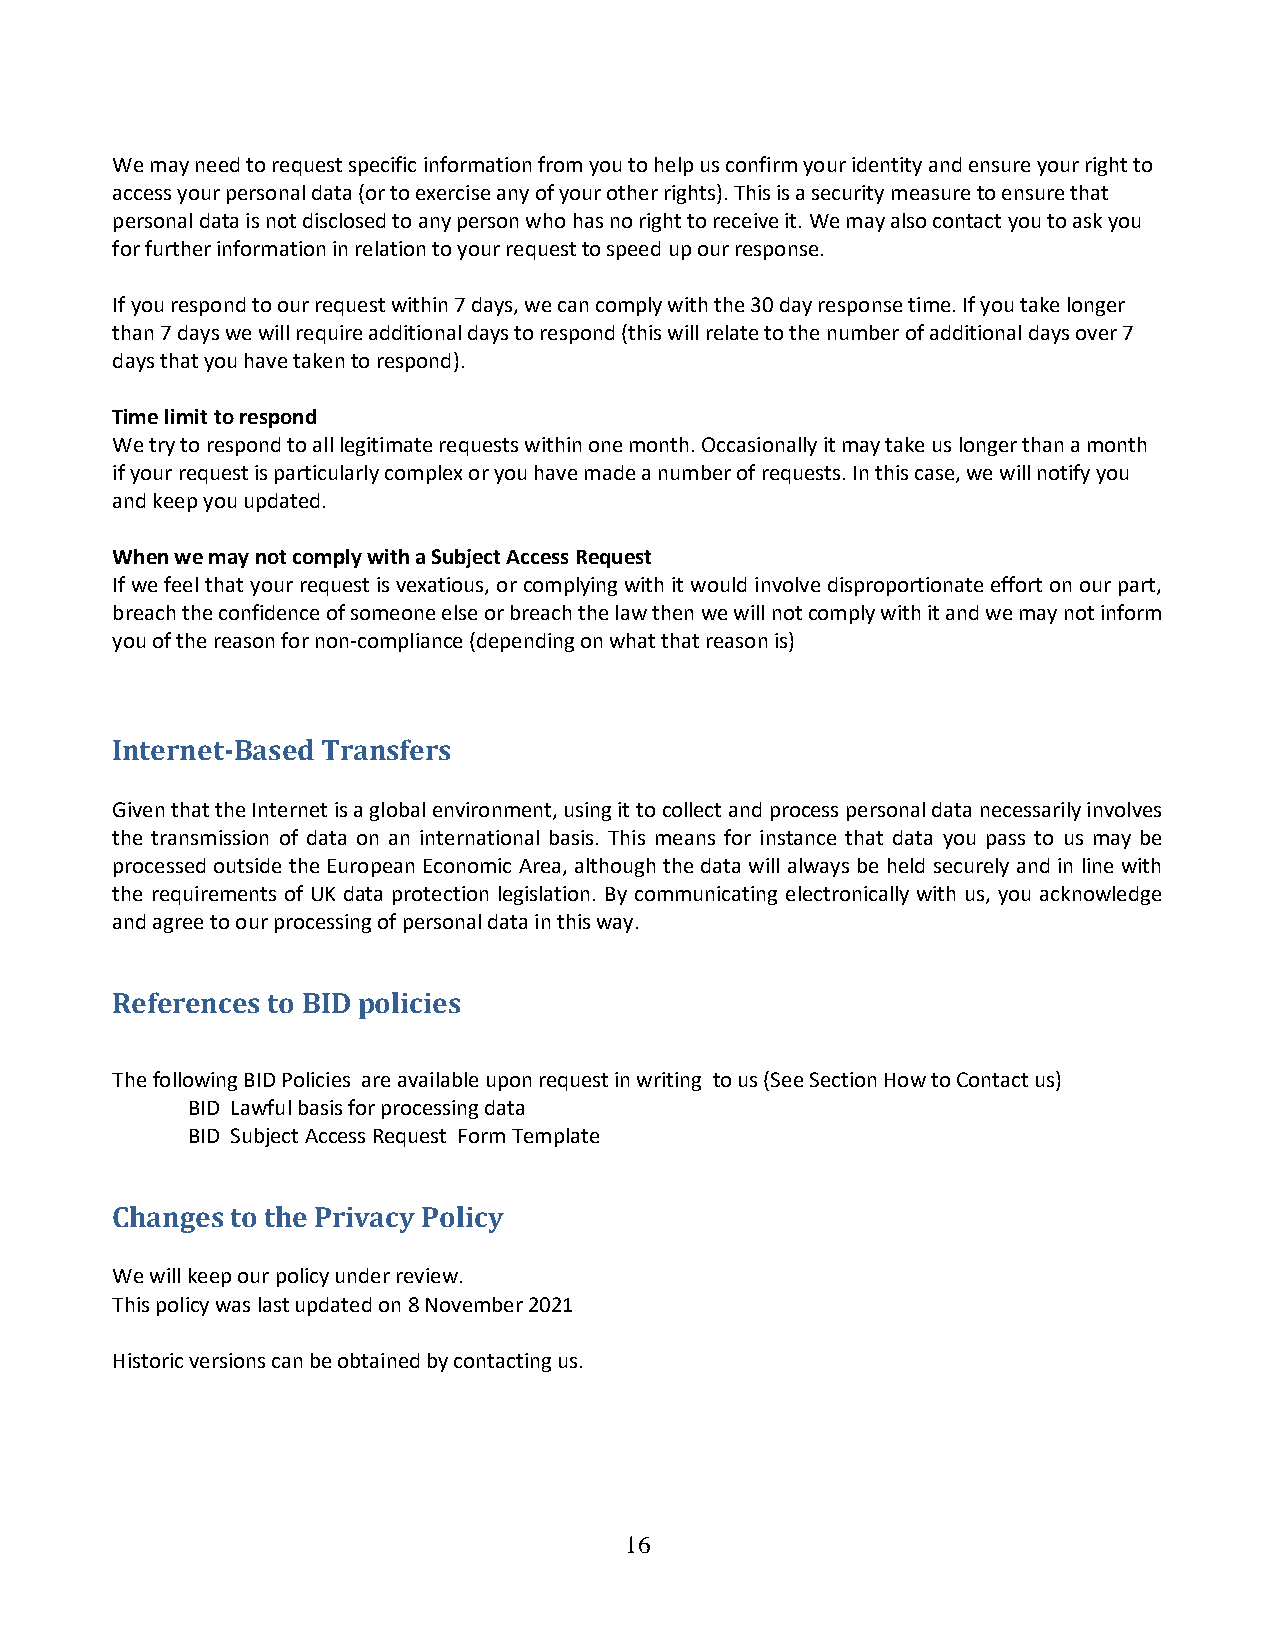
We may need to request specific information from you to help us confirm your identity and ensure your right to
 access your personal data (or to exercise any of your other rights). This is a security measure to ensure that
 personal data is not disclosed to any person who has no right to receive it. We may also contact you to ask you
 for further information in relation to your request to speed up our response.
 If you respond to our request within 7 days, we can comply with the 30 day response time. If you take longer
 than 7 days we will require additional days to respond (this will relate to the number of additional days over 7
 days that you have taken to respond).
 Time limit to respond
 We try to respond to all legitimate requests within one month. Occasionally it may take us longer than a month
 if your request is particularly complex or you have made a number of requests. In this case, we will notify you
 and keep you updated.
 When we may not comply with a Subject Access Request
 If we feel that your request is vexatious, or complying with it would involve disproportionate effort on our part,
 breach the confidence of someone else or breach the law then we will not comply with it and we may not inform
 you of the reason for non-compliance (depending on what that reason is)
 Internet-Based Transfers
 Given that the Internet is a global environment, using it to collect and process personal data necessarily involves
 the transmission of data on an international basis. This means for instance that data you pass to us may be
 processed outside the European Economic Area, although the data will always be held securely and in line with
 the requirements of UK data protection legislation. By communicating electronically with us, you acknowledge
 and agree to our processing of personal data in this way.
 References to BID policies
 The following BID Policies are available upon request in writing to us (See Section How to Contact us)
 BID Lawful basis for processing data
 BID Subject Access Request Form Template
 Changes to the Privacy Policy
 We will keep our policy under review.
 This policy was last updated on 8 November 2021
 Historic versions can be obtained by contacting us.
 16